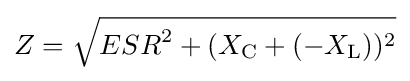
Z={\sqrt {{ESR}^{2}+(X_{\mathrm {C} }+(-X_{\mathrm {L} }))^{2}}}